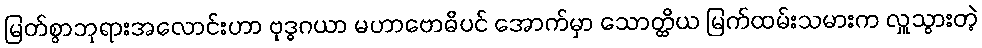
မြတ်စွာဘုရားအလောင်းဟာ ဗုဒ္ဓဂယာ မဟာဗောဓိပင် အောက်မှာ သောတ္ထိယ မြက်ထမ်းသမားက လှူသွားတဲ့